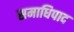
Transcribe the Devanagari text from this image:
समाधिपाद